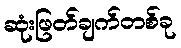
ဆုံးဖြတ်ချက်တစ်ခု